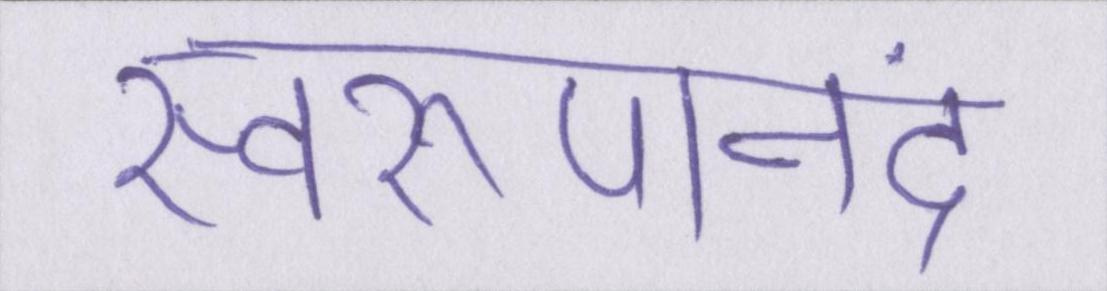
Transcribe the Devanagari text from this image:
स्वरूपानंद